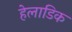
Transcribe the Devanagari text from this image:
हेलाडिक